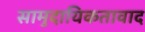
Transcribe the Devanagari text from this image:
सामुदायिकतावाद